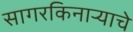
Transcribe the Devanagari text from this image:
सागरकिनार्‍याचे